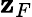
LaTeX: \mathbf{z}_{F}